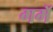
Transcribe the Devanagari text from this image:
गमॅ